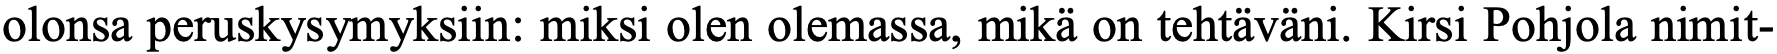
olonsa peruskysymyksiin: miksi olen olemassa, mikä on tehtäväni. Kirsi Pohjola nimit-